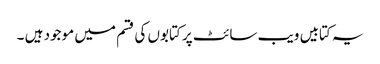
یہ کتابیں ویب سائٹ پر کتابوں کی قسم میں موجود ہیں ۔